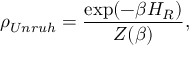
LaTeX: \rho _ { U n r u h } = \frac { \exp ( - \beta H _ { R } ) } { Z ( \beta ) } ,